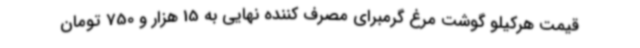
قیمت هرکیلو گوشت مرغ گرمبرای مصرف کننده نهایی به 15 هزار و 750 تومان